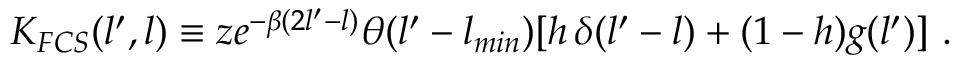
K _ { F C S } ( l ^ { \prime } , l ) \equiv z e ^ { - \beta ( 2 l ^ { \prime } - l ) } \theta ( l ^ { \prime } - l _ { m i n } ) [ h \, \delta ( l ^ { \prime } - l ) + ( 1 - h ) g ( l ^ { \prime } ) ] \ .